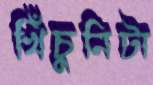
খিঁচুনিটা